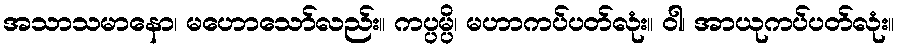
အသာသမာနော၊ မဟောသော်လည်း။ ကပ္ပမ္ပိ၊ မဟာကပ်ပတ်လုံး။ ဝါ၊ အာယုကပ်ပတ်လုံး။